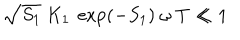
\sqrt { S _ { 1 } } \ K _ { 1 } \ \exp ( - S _ { 1 } ) \ \omega \ T \ll 1